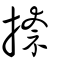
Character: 捺